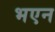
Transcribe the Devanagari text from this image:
भएन